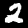
Label: 2